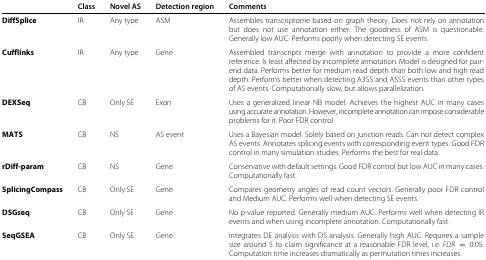
<table><thead><tr><td></td><td><b>Class</b></td><td><b>Novel AS</b></td><td><b>Detection region</b></td><td><b>Comments</b></td></tr></thead><tbody><tr><td><b>DiffSplice</b></td><td>IR</td><td>Any type</td><td>ASM</td><td>Assembles transcriptome based on graph theory. Does not rely on annotation but does not use annotation either. The goodness of ASM is questionable. Generally low AUC. Performs poorly when detecting SE events.</td></tr><tr><td><b>Cufflinks</b></td><td>IR</td><td>Any type</td><td>Gene</td><td>Assembled transcripts merge with annotation to provide a more confident reference. Is least affected by incomplete annotation. Model is designed for pair-end data. Performs better for medium read depth than both low and high read depth. Performs better when detecting A3SS and A5SS events than other types of AS events. Computationally slow, but allows parallelization.</td></tr><tr><td><b>DEXSeq</b></td><td>CB</td><td>Only SE</td><td>Exon</td><td>Uses a generalized linear NB model. Achieves the highest AUC in many cases using accurate annotation. However, incomplete annotation can impose considerable problems for it. Poor FDR control.</td></tr><tr><td><b>MATS</b></td><td>CB</td><td>NS</td><td>AS event</td><td>Uses a Bayesian model. Solely based on junction reads. Can not detect complex AS events. Annotates splicing events with corresponding event types. Good FDR control in many simulation studies. Performs the best for real data.</td></tr><tr><td><b>rDiff-param</b></td><td>CB</td><td>NS</td><td>Gene</td><td>Conservative with default settings. Good FDR control but low AUC in many cases. Computationally fast.</td></tr><tr><td><b>SplicingCompass</b></td><td>CB</td><td>Only SE</td><td>Gene</td><td>Compares geometry angles of read count vectors. Generally poor FDR control and Medium AUC. Performs well when detecting SE events.</td></tr><tr><td><b>DSGseq</b></td><td>CB</td><td>Only SE</td><td>Gene</td><td>No p-value reported. Generally medium AUC. Performs well when detecting IR events and when using incomplete annotation. Computationally fast.</td></tr><tr><td><b>SeqGSEA</b></td><td>CB</td><td>Only SE</td><td>Gene</td><td>Integrates DE analysis with DS analysis. Generally high AUC. Requires a sample size around 5 to claim significance at a reasonable FDR level, i.e. <i>F</i><i>D</i><i>R</i>=0.05. Computation time increases dramatically as permutation times increases.</td></tr></tbody></table>